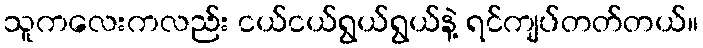
သူကလေးကလည်း ငယ်ငယ်ရွယ်ရွယ်နဲ့ ရင်ကျပ်တတ်တယ်။